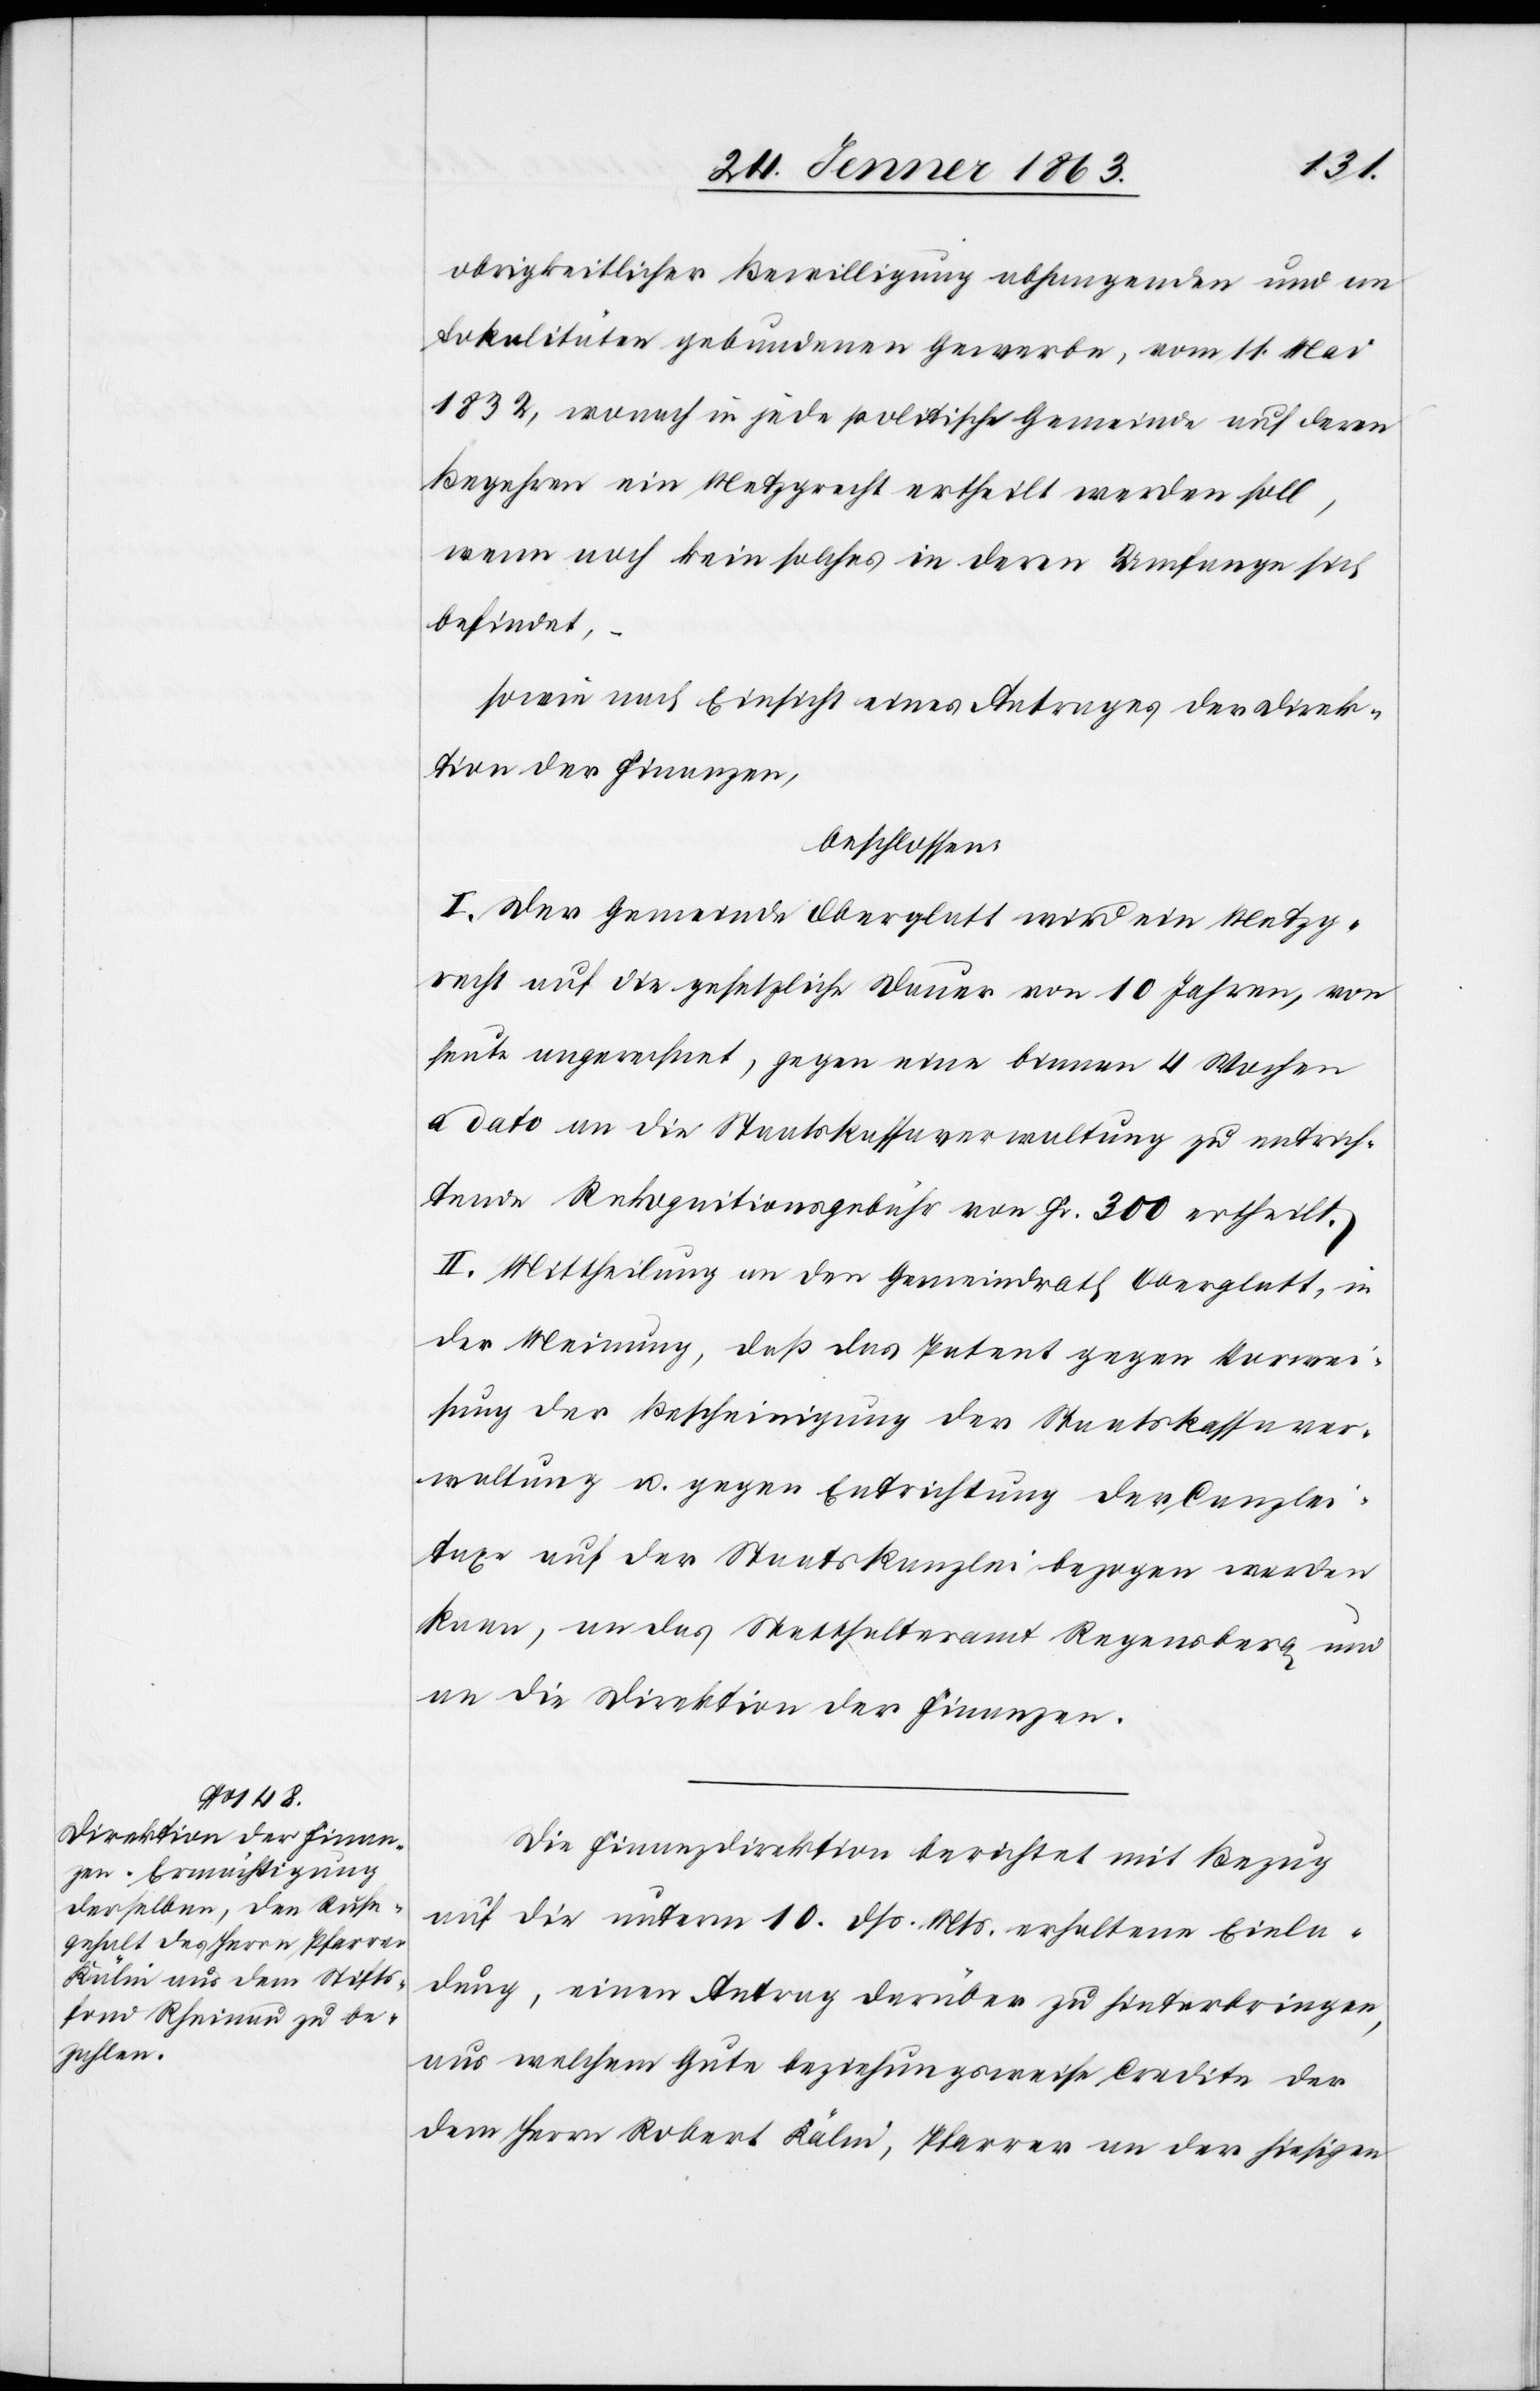
obrigkeitlicher Bewilligung abhangenden und an
Lokalitäten gebundenen Gewerbe, vom 11. Mai
1832, wonach in jede politische Gemeinde auf deren
Begehren ein Metzgrecht ertheilt werden soll,
wenn noch kein solches in deren Umfange sich
befindet,
sowie nach Einsicht eines Antrages der Direk¬
tion der Finanzen,
beschlossen:
I. Der Gemeinde Oberglatt wird ein Metzg¬
recht auf die gesetzliche Dauer von 10 Jahren, von
heute angerechnet, gegen eine binnen 4 Wochen
a dato an die Staatskassaverwaltung zu entrich¬
tende Rekognitionsgebühr von Fr. 300 ertheilt.
II. Mittheilung an den Gemeindrath Oberglatt, in
der Meinung, daß das Patent gegen Vorwei¬
sung der Bescheinigung der Staatskassaver¬
waltung u. gegen Entrichtung der Canzlei¬
taxe auf der Staatskanzlei bezogen werden
kann, an das Statthalteramt Regensberg und
an die Direktion der Finanzen.
Die Finanzdirektion berichtet mit Bezug
auf die unterm 10. dß. Mts. erhaltene Einla¬
dung, einen Antrag darüber zu hinterbringen,
aus welchem Gute beziehungsweise Credite der
dem Herrn Robert Kälin, Pfarrer an der hiesigen